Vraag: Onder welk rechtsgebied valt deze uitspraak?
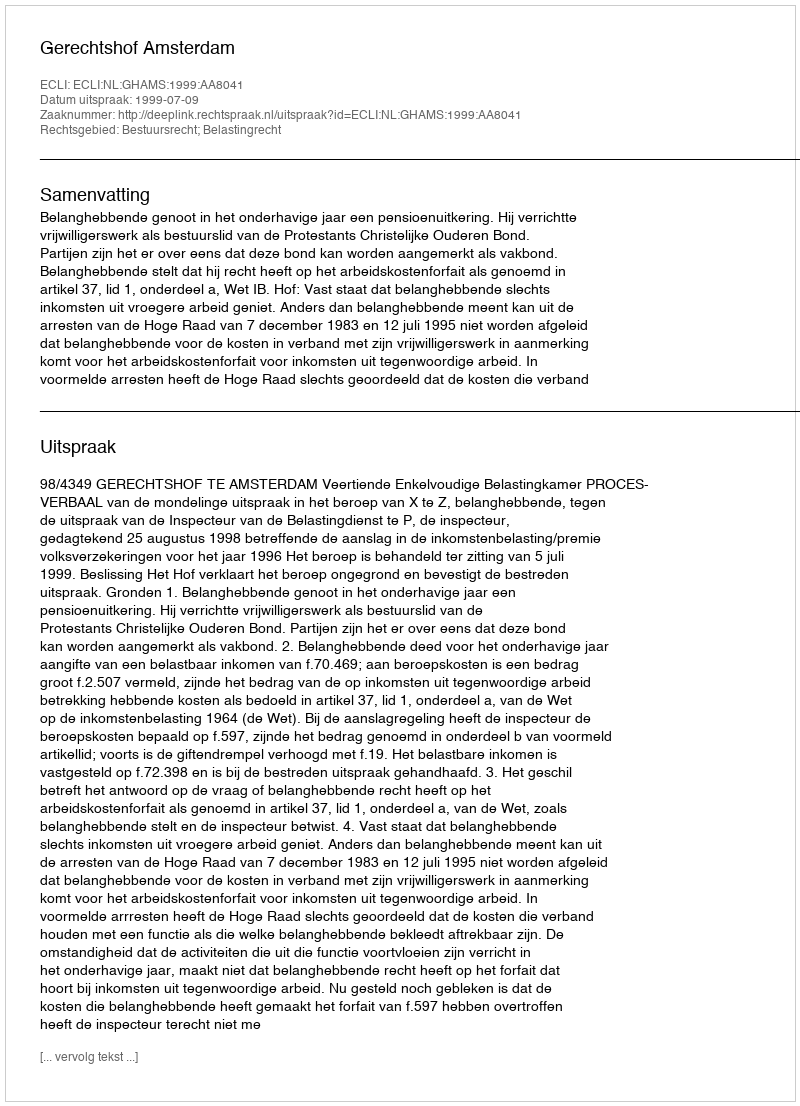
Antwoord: Bestuursrecht; Belastingrecht